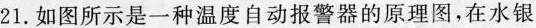
21.如图所示是一种温度自动报警器的原理图，在水银